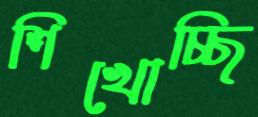
শিখোচ্ছি